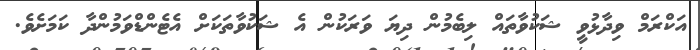
އަކްރަމް ވިދާޅުވީ ޝަކުވާތައް ލިބެމުން ދިޔަ ވަރަކުން އެ ޝަކުވާތަކަށް އެޓެންޑްވަމުންދާ ކަމަށެވެ.